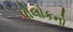
પોલોકનો